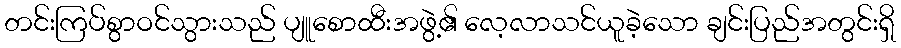
တင်းကြပ်စွာဝင်သွားသည် ပျူစောထီးအဖွဲ့၏ လေ့လာသင်ယူခဲ့သော ချင်းပြည်အတွင်းရှိ